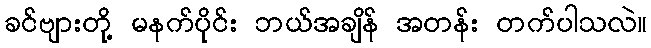
ခင်ဗျားတို့ မနက်ပိုင်း ဘယ်အချိန် အတန်း တက်ပါသလဲ။